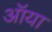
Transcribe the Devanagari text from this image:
ऑया